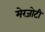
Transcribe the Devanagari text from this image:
मेरजोटी